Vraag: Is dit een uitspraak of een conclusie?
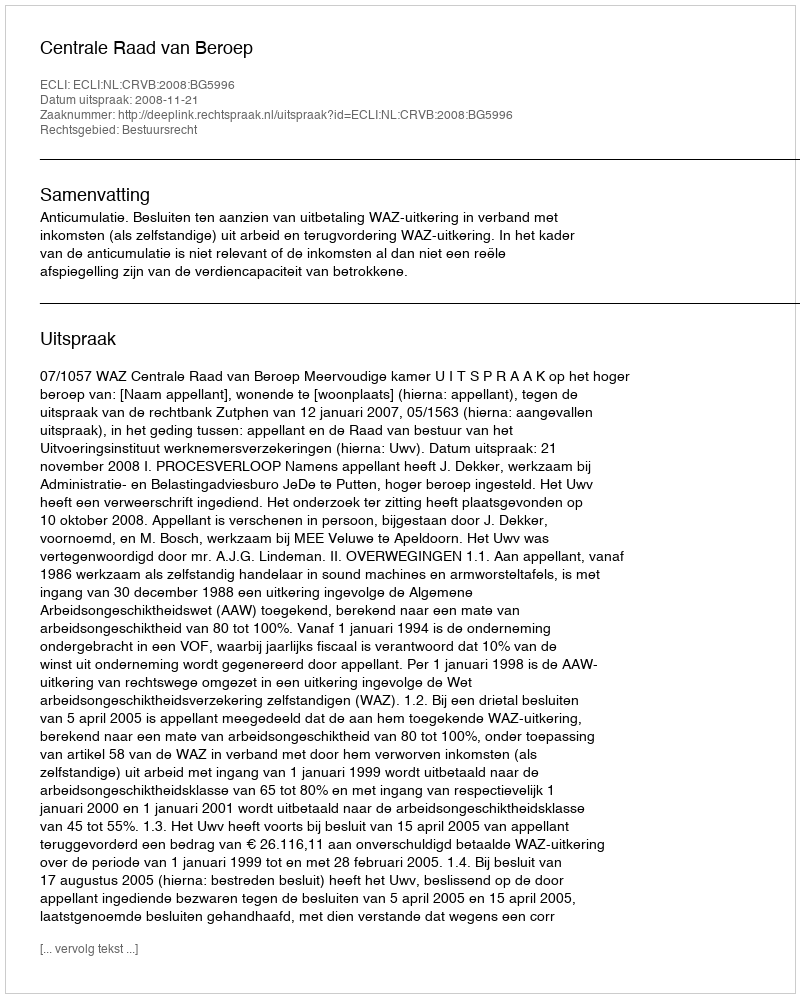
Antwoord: Uitspraak